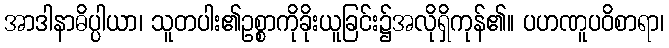
အာဒါနာဓိပ္ပါယာ၊ သူတပါး၏ဥစ္စာကိုခိုးယူခြင်း၌အလိုရှိကုန်၏။ ပဟဏူပဝိစာရာ၊